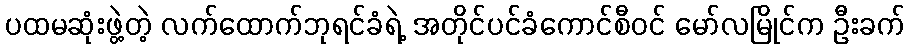
ပထမဆုံးဖွဲ့တဲ့ လက်ထောက်ဘုရင်ခံရဲ့ အတိုင်ပင်ခံကောင်စီဝင် မော်လမြိုင်က ဦးခက်